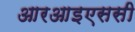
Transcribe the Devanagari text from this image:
आरआइएससी